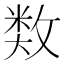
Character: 𢾗